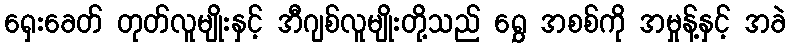
ရှေးခေတ် တုတ်လူမျိုးနှင့် အီဂျစ်လူမျိုးတို့သည် ရွှေ အစစ်ကို အမှုန့်နှင့် အခဲ